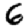
Digit: 6